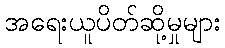
အရေးယူပိတ်ဆို့မှုများ